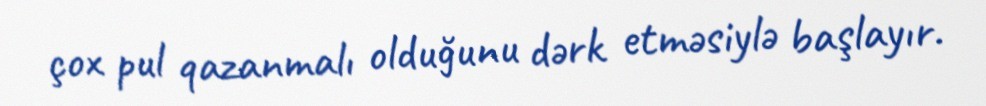
çox pul qazanmalı olduğunu dərk etməsiylə başlayır.